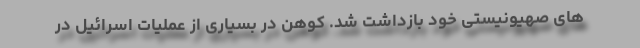
های صهیونیستی خود بازداشت شد. کوهن در بسیاری از عملیات اسرائیل در